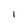
Character: I